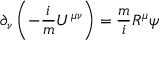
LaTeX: \partial _ { \nu } \left( - \frac { i } { m } U ^ { \mu \nu } \right) = \frac { m } { i } R ^ { \mu } \psi